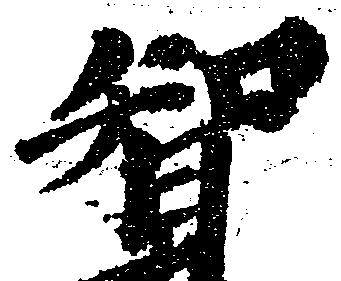
智